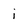
Character: i